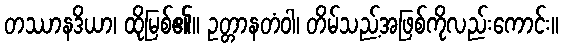
တဿာနဒိယာ၊ ထိုမြစ်၏။ ဥတ္တာနတံဝါ၊ တိမ်သည့်အဖြစ်ကိုလည်းကောင်း။